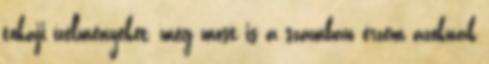
tokaji ízélményeket, még most is a számban érzem azoknak